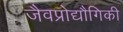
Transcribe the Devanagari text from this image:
जैवप्रोद्यौगिकी